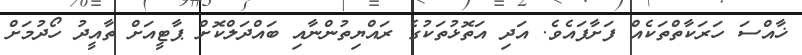
ޚާއްސަ ހަރަކާތްތަކެއް ފަށާފައެވެ. އަދި އަތޮޅުތަކުގެ ރައްޔިތުންނާއި ބައްދަލްކޮށް ޕާޓީއަށް ތާއީދު ހޯދުމަށް